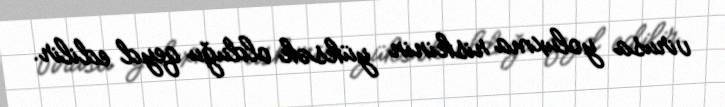
virusa yoluxma riskinin yüksək olduğu qeyd edilir.